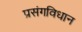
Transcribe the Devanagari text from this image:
प्रसंगविधान